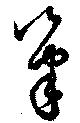
筆